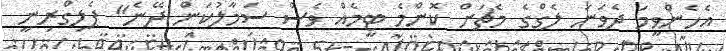
އެހެންވީމަ ދެވަނަ ލެގްގެ މެޗަށް ކޮންމެ ޓީމެއް ވެސް ސަމާލުކަން ދޭނެ" ޕެލިގްރިނީ